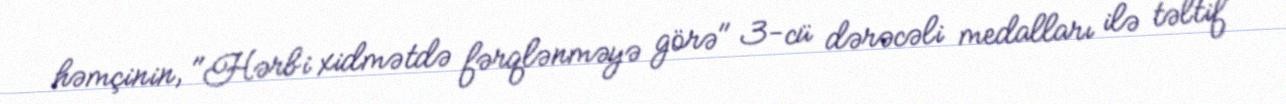
həmçinin, "Hərbi xidmətdə fərqlənməyə görə" 3-cü dərəcəli medalları ilə təltif